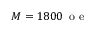
M = 1 8 0 0 \, \mathrm { ~ o ~ e ~ }